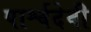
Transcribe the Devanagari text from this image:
पार्श्वदेवी